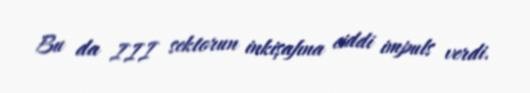
Bu da III sektorun inkişafına ciddi impuls verdi.